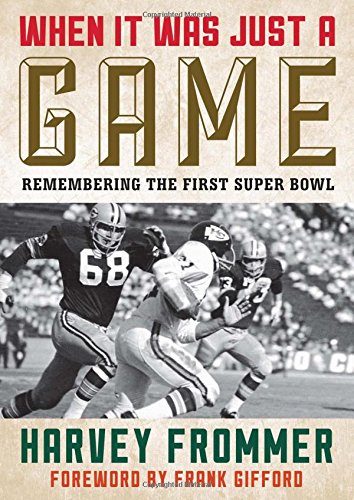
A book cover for When It Was Just a Game: Remembering the First Super Bowl; Harvey Frommer; Politics & Social Sciences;